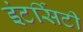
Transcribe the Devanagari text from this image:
इंटर्सिटी